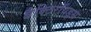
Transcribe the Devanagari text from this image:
बैक्टिरॉयड्स